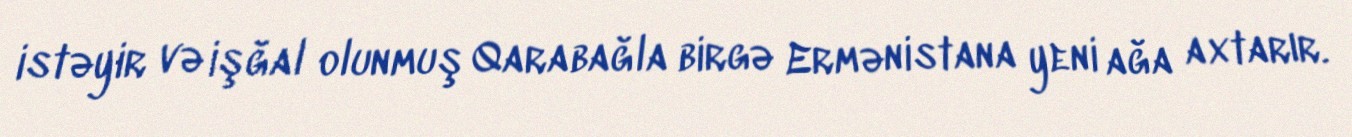
istəyir və işğal olunmuş Qarabağla birgə Ermənistana yeni ağa axtarır.